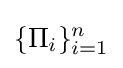
\{\Pi _{i}\}_{i=1}^{n}